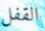
القفل